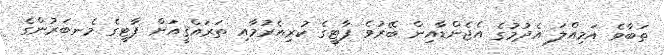
ތަބާވެ އަމިއްލަ އެދުމުގެ އެޖެންޑާއިން ބޭރުވެ ޕާޓީގެ ކުރިއެރުމާއި ތަރައްޤީއަށް ޕާޓީގެ މެނބަރުންގެ